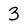
Character: 3